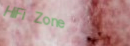
HiFi Zone